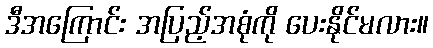
ဒီအကြောင်း အပြည့်အစုံကို ပေးနိုင်မလား။